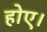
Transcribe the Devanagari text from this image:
होए।